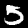
Digit: 5